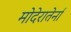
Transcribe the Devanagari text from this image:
मोदेरातेर्ना